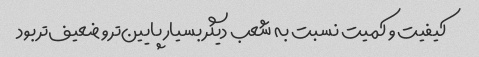
کیفیت و کمیت نسبت به شعب دیگر بسیار پایین‌تر و ضعیف‌تر بود